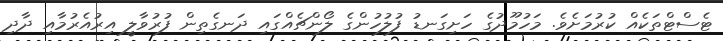
ޓެސްޓްތަކެއް ކުރުމަށެވެ. މަހުމޫދުގެ ހަށިގަނޑު ފުލުހުންގެ ލޯންޗެއްގައި ދަނގެތިން ފުރުވާލީ އިރުއެރުމާއި ދާދި